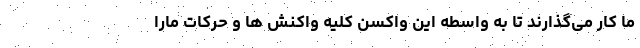
ما کار می‌گذارند تا به واسطه این واکسن کلیه واکنش ها و حرکات مارا